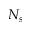
N _ { s }